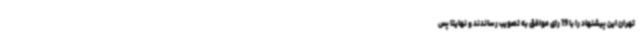
تهران این پیشنهاد را با 19 رای موافق به تصویب رساندند و نهایتا پس